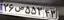
۲۶ص۵۵۳۴۳